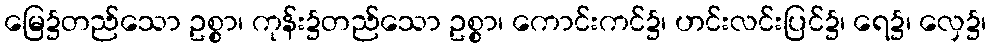
မြေ၌တည်သော ဥစ္စာ၊ ကုန်း၌တည်သော ဥစ္စာ၊ ကောင်းကင်၌၊ ဟင်းလင်းပြင်၌၊ ရေ၌၊ လှေ၌၊